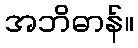
အဘိဓာန်။